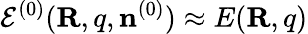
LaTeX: {\cal E}^{(0)}({\mathbf R,q},{\mathbf n}^{(0)})\approx E({\mathbf R,q})